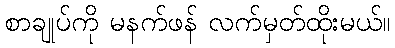
စာချုပ်ကို မနက်ဖန် လက်မှတ်ထိုးမယ်။